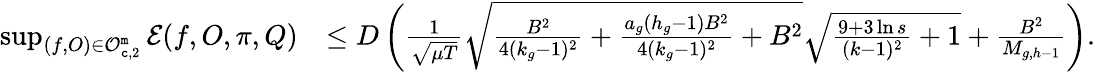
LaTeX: \begin{array}{rl}{\operatorname*{sup}_{(f,O)\in\mathcal{O}_{{\tt c},2}^{\tt m}}\mathcal{E}(f,O,\pi,Q)}&{\leq D\left(\frac{1}{\sqrt{\mu T}}\sqrt{\frac{B^{2}}{4(k_{g}-1)^{2}}+\frac{a_{g}(h_{g}-1)B^{2}}{4(k_{g}-1)^{2}}+B^{2}}\sqrt{\frac{9+3\ln s}{(k-1)^{2}}+1}+\frac{B^{2}}{M_{g,h-1}}\right).}\end{array}